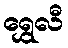
ရွှေလီ